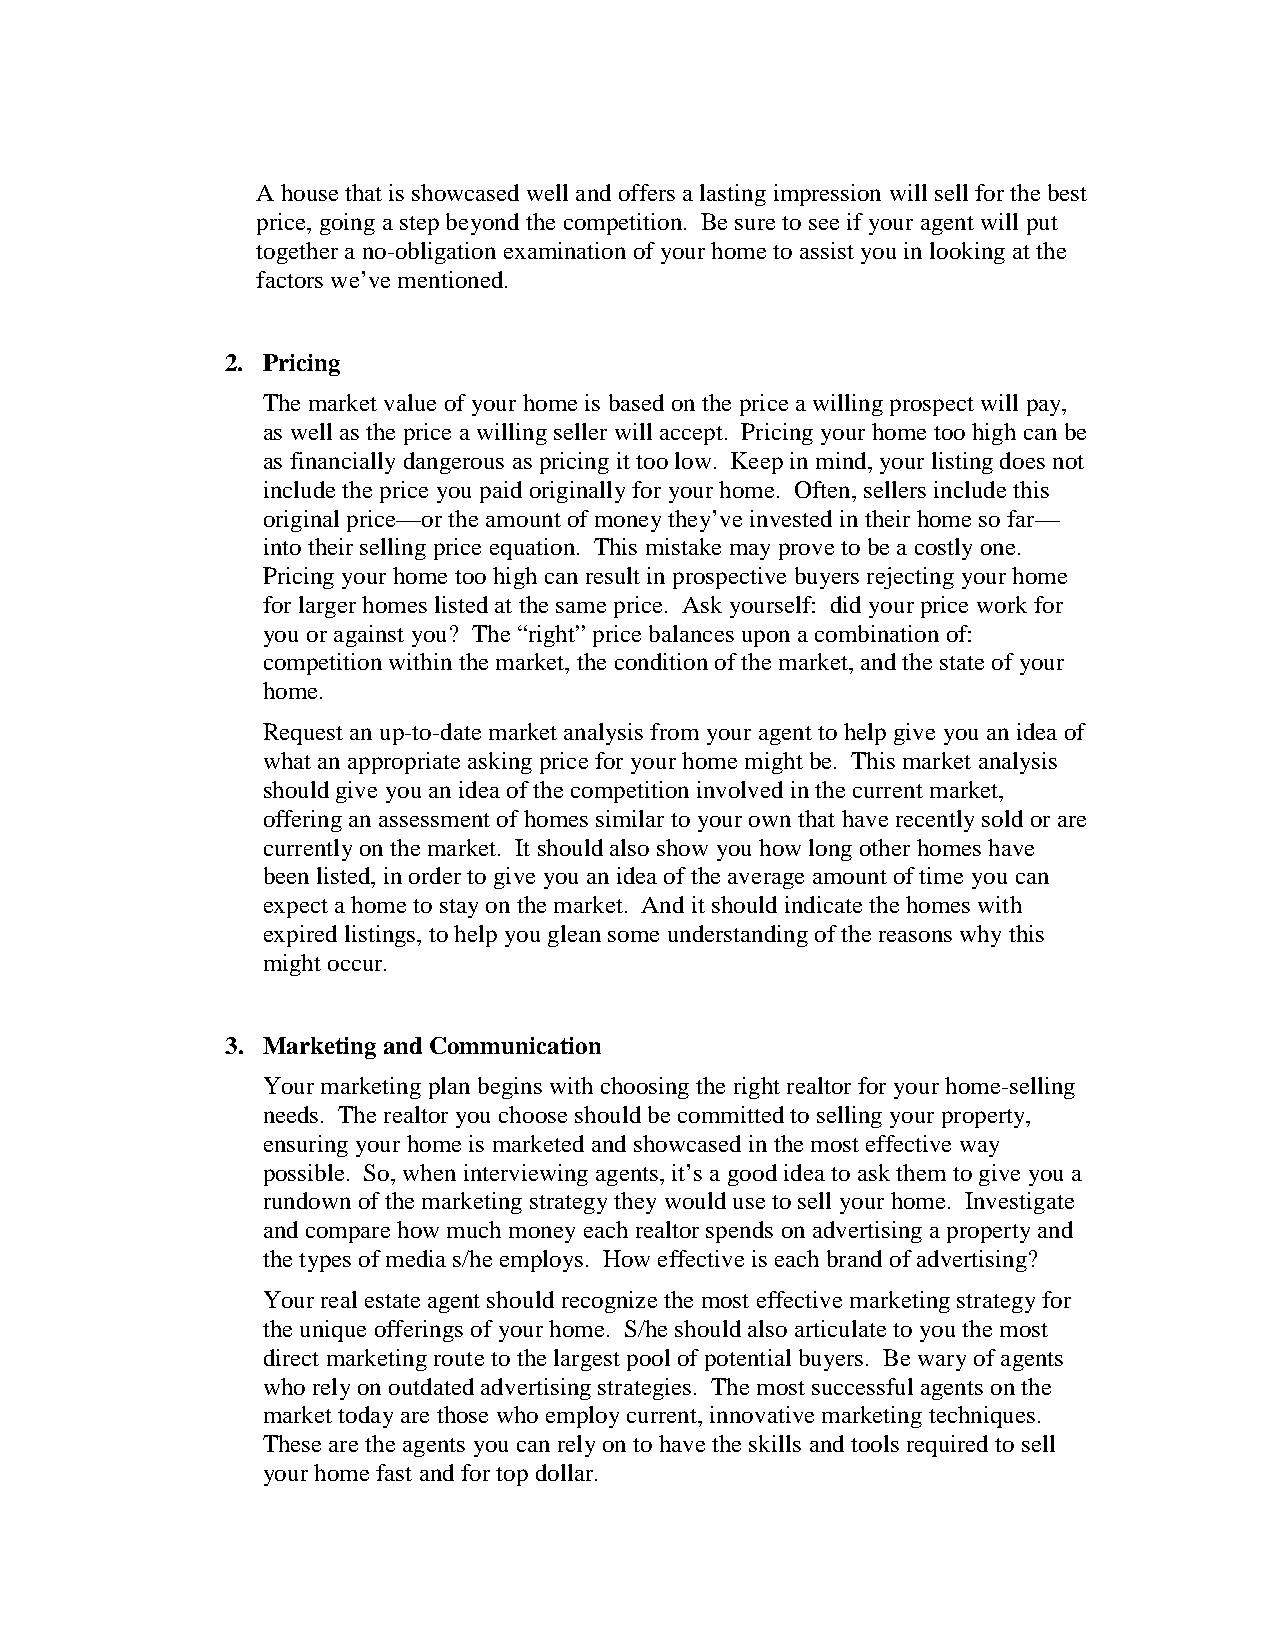
A house that is showcased well and offers a lasting impression will sell for the best
 price, going a step beyond the competition. Be sure to see if your agent will put
 together a no-obligation examination of your home to assist you in looking at the
 factors we’ve mentioned.
 2. Pricing
 The market value of your home is based on the price a willing prospect will pay,
 as well as the price a willing seller will accept. Pricing your home too high can be
 as financially dangerous as pricing it too low. Keep in mind, your listing does not
 include the price you paid originally for your home. Often, sellers include this
 original price—or the amount of money they’ve invested in their home so far—
 into their selling price equation. This mistake may prove to be a costly one.
 Pricing your home too high can result in prospective buyers rejecting your home
 for larger homes listed at the same price. Ask yourself: did your price work for
 you or against you? The “right” price balances upon a combination of:
 competition within the market, the condition of the market, and the state of your
 home.
 Request an up-to-date market analysis from your agent to help give you an idea of
 what an appropriate asking price for your home might be. This market analysis
 should give you an idea of the competition involved in the current market,
 offering an assessment of homes similar to your own that have recently sold or are
 currently on the market. It should also show you how long other homes have
 been listed, in order to give you an idea of the average amount of time you can
 expect a home to stay on the market. And it should indicate the homes with
 expired listings, to help you glean some understanding of the reasons why this
 might occur.
 3. Marketing and Communication
 Your marketing plan begins with choosing the right realtor for your home-selling
 needs. The realtor you choose should be committed to selling your property,
 ensuring your home is marketed and showcased in the most effective way
 possible. So, when interviewing agents, it’s a good idea to ask them to give you a
 rundown of the marketing strategy they would use to sell your home. Investigate
 and compare how much money each realtor spends on advertising a property and
 the types of media s/he employs. How effective is each brand of advertising?
 Your real estate agent should recognize the most effective marketing strategy for
 the unique offerings of your home. S/he should also articulate to you the most
 direct marketing route to the largest pool of potential buyers. Be wary of agents
 who rely on outdated advertising strategies. The most successful agents on the
 market today are those who employ current, innovative marketing techniques.
 These are the agents you can rely on to have the skills and tools required to sell
 your home fast and for top dollar.